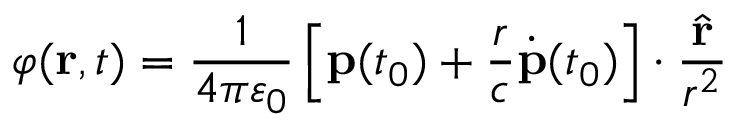
\varphi ( \mathbf r , t ) = \frac { 1 } { 4 \pi \varepsilon _ { 0 } } \left[ \mathbf p ( t _ { 0 } ) + \frac { r } { c } \dot { \mathbf p } ( t _ { 0 } ) \right] \cdot \frac { \hat { \mathbf r } } { r ^ { 2 } }